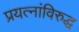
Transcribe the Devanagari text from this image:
प्रयत्‍नांविरुद्ध